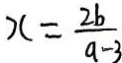
x = \frac { 2 b } { a - 3 }